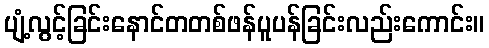
ပျံ့လွင့်ခြင်းနောင်တတစ်ဖန်ပူပန်ခြင်းလည်းကောင်း။